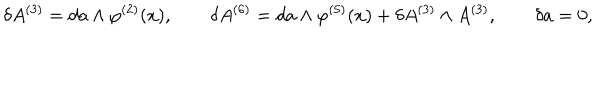
\delta A ^ { ( 3 ) } = d a \wedge \varphi ^ { ( 2 ) } ( x ) , \qquad \delta A ^ { ( 6 ) } = d a \wedge \varphi ^ { ( 5 ) } ( x ) + \delta A ^ { ( 3 ) } \wedge A ^ { ( 3 ) } , \qquad \delta a = 0 ,